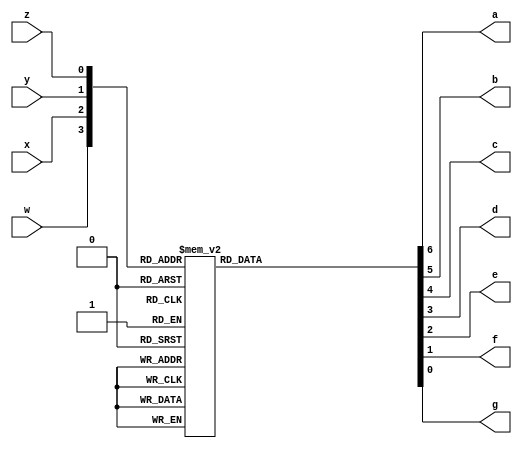
module Lab4(
	input w,x,y,z,
	output reg a,b,c,d,e,f,g);
	always@(w,x,y,z)begin
		case({w,x,y,z})
			4'b0000: {a,b,c,d,e,f,g}=7'b0000001; //0
			4'b0001: {a,b,c,d,e,f,g}=7'b1001111; //1
			4'b0010: {a,b,c,d,e,f,g}=7'b0010010; //2
			4'b0011: {a,b,c,d,e,f,g}=7'b0000110; //3
			4'b0100: {a,b,c,d,e,f,g}=7'b1001100; //4
			4'b0101: {a,b,c,d,e,f,g}=7'b0100100; //5
			4'b0110: {a,b,c,d,e,f,g}=7'b0100000; //6
			4'b0111: {a,b,c,d,e,f,g}=7'b0001111; //7
			4'b1000: {a,b,c,d,e,f,g}=7'b0000000; //8
			4'b1001: {a,b,c,d,e,f,g}=7'b0001100; //9
			4'b1010: {a,b,c,d,e,f,g}=7'b0001000; //A
			4'b1011: {a,b,c,d,e,f,g}=7'b0000000; //B
			4'b1100: {a,b,c,d,e,f,g}=7'b0110001; //C
			4'b1101: {a,b,c,d,e,f,g}=7'b0000001; //D
			4'b1110: {a,b,c,d,e,f,g}=7'b0110000; //E
			4'b1111: {a,b,c,d,e,f,g}=7'b0111000; //F
			default: {a,b,c,d,e,f,g}=7'b0110000; //E for error
		endcase
	end
endmodule